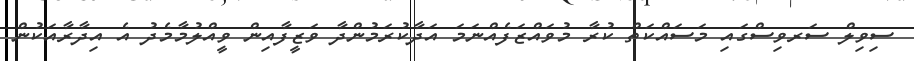
ސިވިލް ސަރވިސްގައި މަސައްކަތް ކުރާ މުވައްޒަފެއްނަމަ އަދާކުރަމުންދާ ވަޒީފާއިން ވީއްލުމާމެދު އެ އިދާރާއަކުން